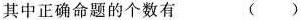
其中正确命题的个数有 ( )